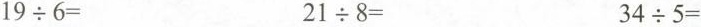
$$1 9 {\div} 6 =$$ $$2 1 {\div} 8 =$$ $$3 4 {\div} 5 =$$